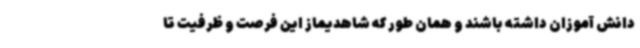
دانش آموزان داشته باشند و همان طور که شاهدیماز این فرصت و ظرفیت تا